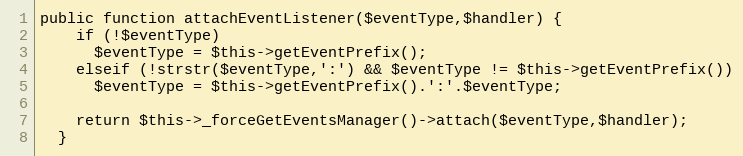
Language: PHP
public function attachEventListener($eventType,$handler) {
    if (!$eventType)
      $eventType = $this->getEventPrefix();
    elseif (!strstr($eventType,':') && $eventType != $this->getEventPrefix())
      $eventType = $this->getEventPrefix().':'.$eventType;

    return $this->_forceGetEventsManager()->attach($eventType,$handler);
  }